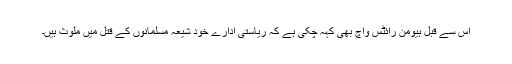
اس سے قبل ہیومن رائٹس واچ بھی کہہ چکی ہے کہ ریاستی ادارے خود شیعہ مسلمانوں کے قتل میں ملوث ہیں۔